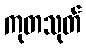
ကုတသုတ်